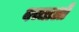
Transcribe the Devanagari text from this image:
बच्चाओं